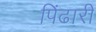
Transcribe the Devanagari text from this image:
पिंढारी